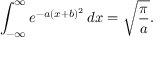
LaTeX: \int _ { - \infty } ^ { \infty } e ^ { - a ( x + b ) ^ { 2 } } \, d x = { \sqrt { \frac { \pi } { a } } } .